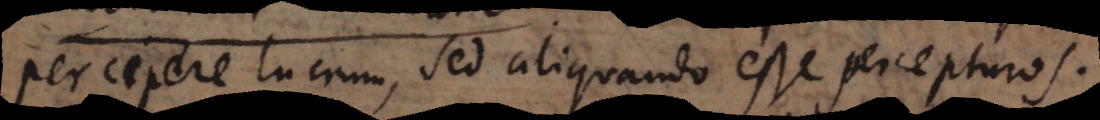
percipere lucrum, sed aliquando esse percepturos.